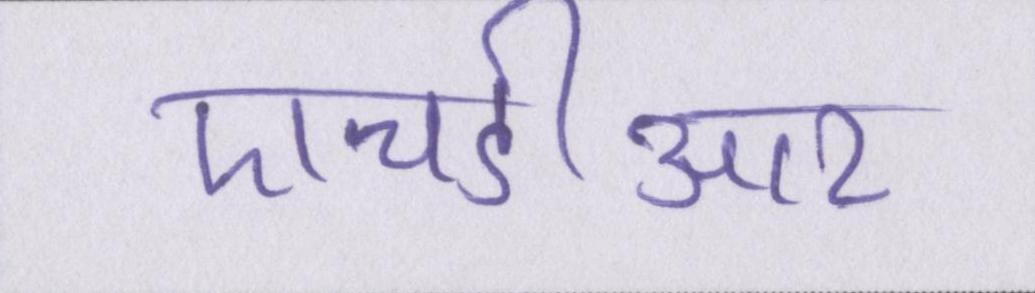
एचडीआर